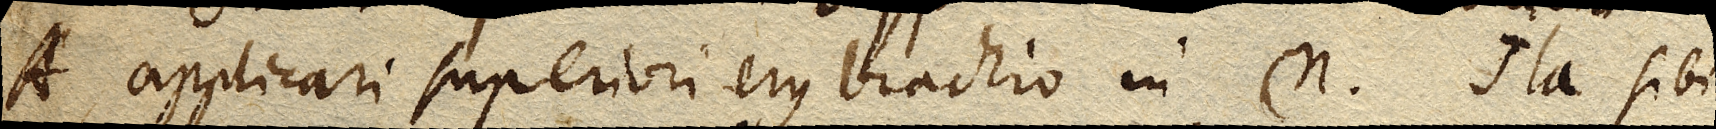
A, applicari superiori ejus brachio in η. Ita sibi